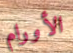
الأورام